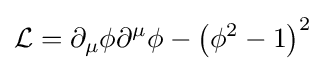
{\mathcal {L}}=\partial _{\mu }\phi \partial ^{\mu }\phi -\left(\phi ^{2}-1\right)^{2}